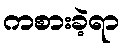
ကစားခဲ့ရာ